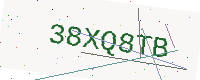
Text: 38XQ8TB